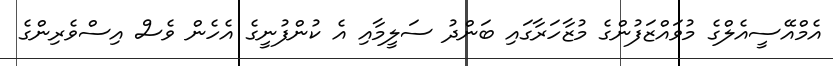
އެމްއޭސީއެލްގެ މުވައްޒަފުންގެ މުޒާހަރާގައި ބަންދު ސަލީމާއި އެ ކުންފުނީގެ އެހެން ވެސް އިސްވެރިންގެ